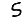
Digit: 5